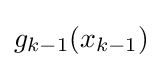
g_{k-1}(x_{k-1})